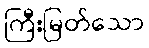
ကြီးမြတ်သော